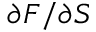
\partial F / \partial S